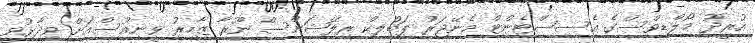
އުރީދޫ މޯލްޑިވްސްގެ އެސިސްޓެންޓް މެނޭޖަރު ޕަބްލިކް ރިލޭޝަންސް ނޫރާ ޒާހިރު ވީނިއުސްއަށް ވިދާޅުވީ